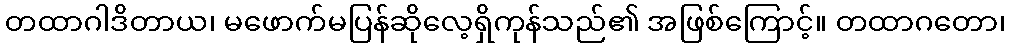
တထာဂါဒိတာယ၊ မဖောက်မပြန်ဆိုလေ့ရှိကုန်သည်၏ အဖြစ်ကြောင့်။ တထာဂတော၊